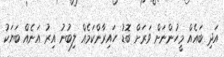
އަދި ބައެއް މީހުންނަށް ވަރަށް ބޮޑު ހައިރާންކަމެއް ލިބުނު އިރު އަނެއް ބަޔަކު